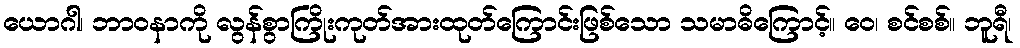
ယောဂါ၊ ဘာဝနာကို လွန်စွာကြိုးကုတ်အားထုတ်ကြောင်းဖြစ်သော သမာဓိကြောင့်။ ဝေ၊ စင်စစ်။ ဘူရီ၊